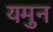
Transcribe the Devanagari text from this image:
यमुन